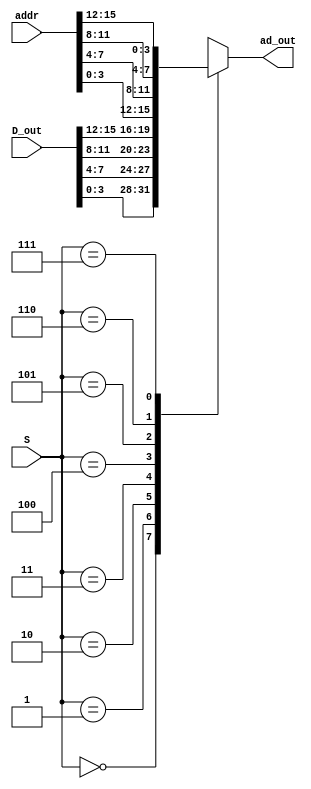
`timescale 1ns / 1ps
//////////////////////////////////////////////////////////////////////////////////
// Project: Lab 1
// Created by <Vinh Vu> on <September 22, 2018>
// Copright @ 2018 <Vinh Vu>. All rights reserved
//
// Purpose: This mux will select what D_out will be, based
// on the select signal which comes from the pixel controller
// to display a hex value from 0 to F. The S is controlled
// by what anode is active at the time.
//
// In submitting this file for class work at CSULB
// I am confirming that this is my work and the work of no one else. In 
// submitting this code I acknowledge that plagiarism in student project
// work is subject to dismissal from the class. 
////////////////////////////////////////////////////////////////////////////////

module ad_mux(addr, S, D_out, ad_out);

	// Select chooses which input will be assign to the output
	input      [2:0]  S;
	
	// Address input holds 4 sets of 4 bits
	input      [15:0]  addr;
	
	// The 16-bit input has 4 bits for every data 
	input      [15:0] D_out;
	
	// The output carries the addr based on the value of S
	output reg [3:0]  ad_out;
	
	// Always block is executed based on any changes from S, D_out
	// and/or addr. The case statement is solely based on the value
	// of S. 
	always @ (S, D_out, addr) 
		begin
			case (S)
			
				// anode[0], lowest nibble of data out of the RAM
				3'b000: ad_out = D_out [3:0] ;
				
				// anode[1], the next nibble of data out of RAM
				3'b001: ad_out = D_out [7:4] ;
				
				// anode[2], the next nibggle of data out of RAM
				3'b010: ad_out = D_out [11:8] ;
				
				// anode[3], the highest nibble of data out of RAM
				3'b011: ad_out = D_out [15:12] ;
				
				// anode[4], the lowest nibble of the address location
				3'b100: ad_out = addr  [3:0] ;
				
				// anode[5], the next nibble of the address location
				3'b101: ad_out = addr  [7:4] ;
				
				// anode[6], the next nibble of the address location
				3'b110: ad_out = addr  [11:8];
				
				// anode [7], the higest nibble of the address location
				3'b111: ad_out = addr  [15:12];
				
				// default case for hex to be 0 
				default: ad_out = 4'h0;
				
			endcase // end of case statement 
			
		end // end of always block
		
endmodule // end of 8-1 mux